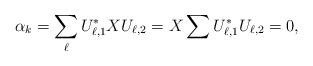
LaTeX: \begin{align*} \alpha_k = \sum_{\ell} U_{\ell,1}^* X U_{\ell,2} = X \sum U_{\ell,1}^* U_{\ell,2}= 0, \end{align*}